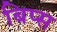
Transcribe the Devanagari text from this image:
बिप्स